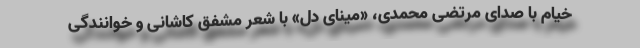
خیام با صدای مرتضی محمدی، «مینای دل» با شعر مشفق کاشانی و خوانندگی